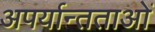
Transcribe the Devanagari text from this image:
अपर्यान्तताओं